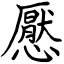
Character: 懕